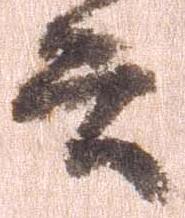
書